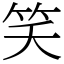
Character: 笑